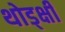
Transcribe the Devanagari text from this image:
थोड्क्षी